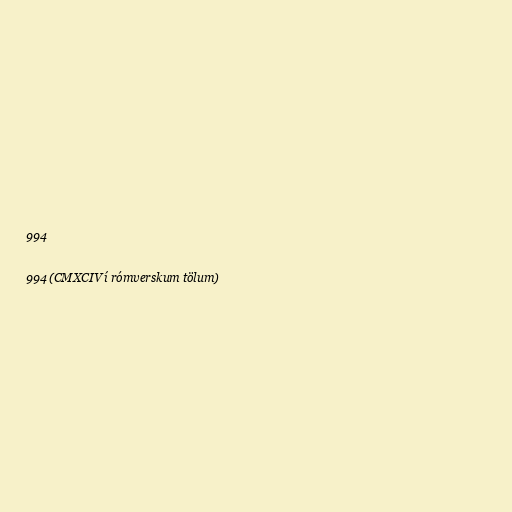
994

994 (CMXCIV í rómverskum tölum)